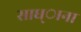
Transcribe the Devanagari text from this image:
साध्ाना